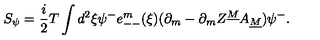
S _ { \psi } = { \frac { i } { 2 } } T \int d ^ { 2 } \xi \psi ^ { - } e _ { -- } ^ { m } ( \xi ) ( \partial _ { m } - \partial _ { m } Z ^ { \underline { M } } A _ { \underline { M } } ) \psi ^ { - } .